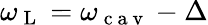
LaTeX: {\omega}_{\mathrm{~L~}}={\omega}_{\mathrm{~c~a~v~}}-\Delta